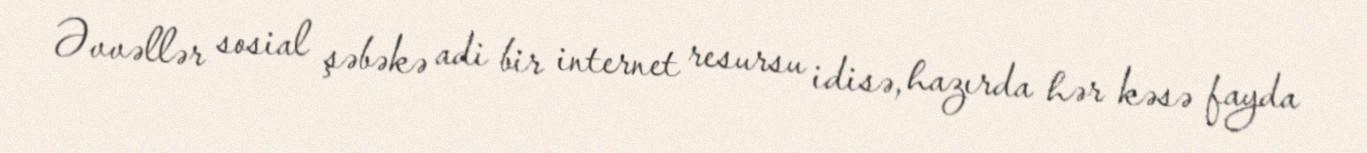
Əvvəllər sosial şəbəkə adi bir internet resursu idisə, hazırda hər kəsə fayda